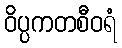
ဝိပ္ပကတစီဝရံ